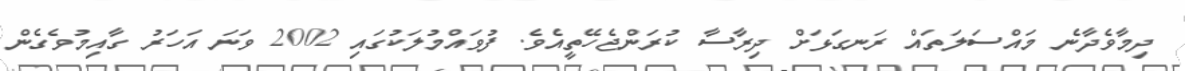
ދިމާވެދާނެ މައްސަލަތައް ރަނގަޅަށް ދިރާސާ ކުރަންޖެހޭތީއެވެ. ފުވައްމުލަކުގައި 2002 ވަނަ އަހަރު ގާއިމުވެގެން